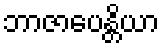
ဘာဇာပေန္တိယာ